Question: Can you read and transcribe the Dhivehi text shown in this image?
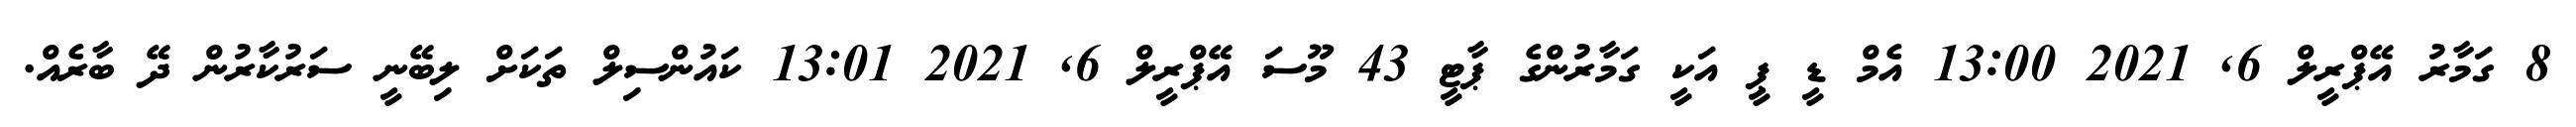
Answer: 8 ގަމާރު އޭޕްރީލް 6, 2021 13:00 އެމް ޑީ ޕީ އަކީ ގަމާރުންގެ ޕާޓީ 43 މޫސަ އޭޕްރީލް 6, 2021 13:01 ކައުންސިލް ތަކަށް ލިބޭނީ ސަރުކާރުން ދޭ ބާރެއް.